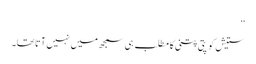
‘‘
ستیش کو پتی پتنی کا مطلب ہی سمجھ میں نہیں آتا تھا۔